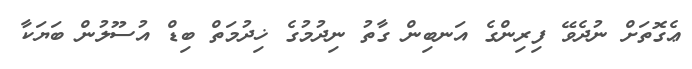
ޢެގޮތަށް ނުދެވޭ ފިރިންގެ އަނބިން ގާތު ނިދުމުގެ ޚިދުމަތް ބިޑް އުސޫލުން ބަޔަކާ